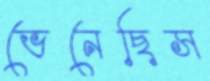
ভেনেছিস